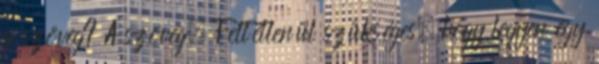
a szöveg? A szöveg. Feltétlenül szükséges, hogy legyen egy